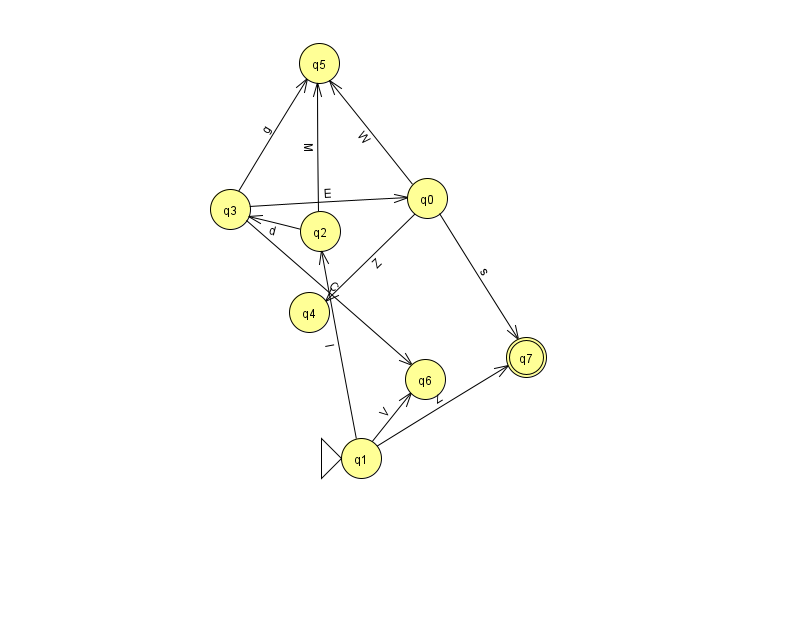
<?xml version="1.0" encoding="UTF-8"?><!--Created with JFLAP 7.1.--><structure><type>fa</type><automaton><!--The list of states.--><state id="0" name="q0"><x>427.0</x><y>185.0</y></state><state id="1" name="q1"><x>361.0</x><y>445.0</y><initial/></state><state id="2" name="q2"><x>320.0</x><y>218.0</y></state><state id="3" name="q3"><x>230.0</x><y>196.0</y></state><state id="4" name="q4"><x>309.0</x><y>299.0</y></state><state id="5" name="q5"><x>319.0</x><y>50.0</y></state><state id="6" name="q6"><x>425.0</x><y>366.0</y></state><state id="7" name="q7"><x>526.0</x><y>344.0</y><final/></state><!--The list of transitions.--><transition><from>3</from><to>0</to><read>E</read></transition><transition><from>2</from><to>3</to><read>d</read></transition><transition><from>2</from><to>5</to><read>M</read></transition><transition><from>0</from><to>7</to><read>s</read></transition><transition><from>0</from><to>5</to><read>W</read></transition><transition><from>1</from><to>2</to><read>l</read></transition><transition><from>1</from><to>6</to><read>V</read></transition><transition><from>3</from><to>6</to><read>C</read></transition><transition><from>0</from><to>4</to><read>Z</read></transition><transition><from>1</from><to>7</to><read>Z</read></transition><transition><from>3</from><to>5</to><read>g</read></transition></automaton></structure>